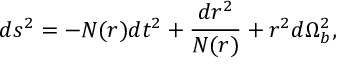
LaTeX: d s ^ { 2 } = - N ( r ) d t ^ { 2 } + \frac { d r ^ { 2 } } { N ( r ) } + r ^ { 2 } d \Omega _ { b } ^ { 2 } ,